Vaccination Hyderabad 1890-1903 - 1890-1903
Year: 1890
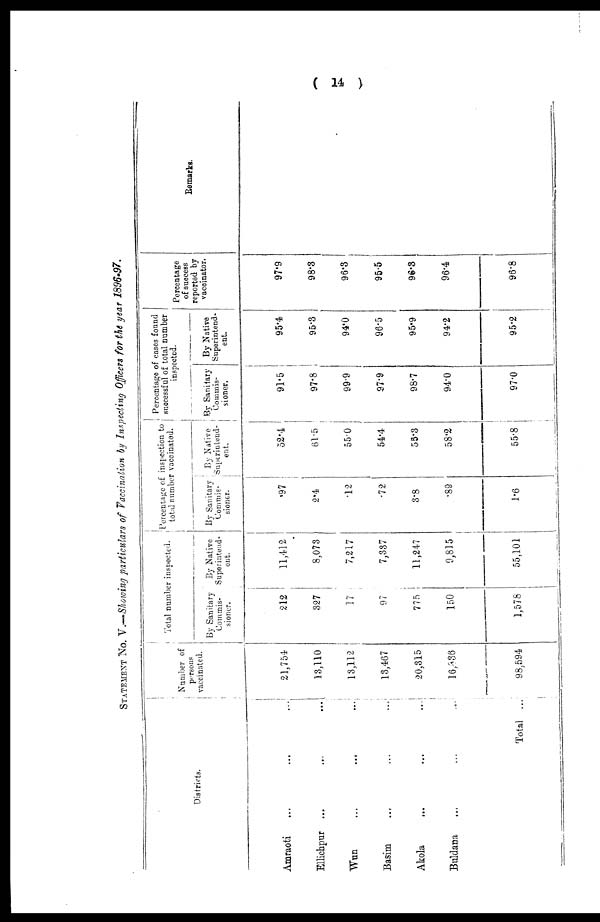
( 14 )
STATEMENT No. V.—Showing particulars of Vaccination by Inspecting Officers for the year 1896-97.
Districts.
Amraoti ... ... ...
Ellichpur ... ... ...
Wun ... ... ...
Basim
...
...
...
Akola
...
...
...
Buldana ... ... ...
Total ...
Number of
persons
vaccinated.
21,754.
13,110
13,112
13,467
20,315
16,336
98,594
Total number inspected.
By Sanitary
Commis-
sioner.
212
327
17
97
775
150
1,578
By Native
Superintend-
ent
11,412
8,073
7,217
7,337
11,247
9,815
55,101
Percentage of inspection to
total number vaccinated.
By Sanitary
Commis-
sioner.
.97
2.4
.12
.72
3.8
.89
1.6
By Native
Superintend-
ent.
52.4
61.5
55.0
54.4
55.3
58.2
55.8
Percentage of cases found
successful of total number
inspected.
By Sanitary
Commis¬
sioner.
91.5
97.8
99.9
97.9
98.7
94.0
97.0
By Native
Superintend¬
ent.
95.4
95.3
94.0
96.5
95.9
94.2
95.2
Percentage
of success
reported by
vaccinator.
97.9
98.3
96.3
95.5
96.3
96.4
96.8
Remarks.